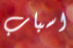
اسباب